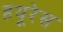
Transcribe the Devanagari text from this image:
हयूरेस